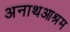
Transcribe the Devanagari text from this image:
अनाथआश्रम